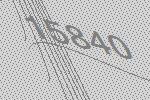
15840